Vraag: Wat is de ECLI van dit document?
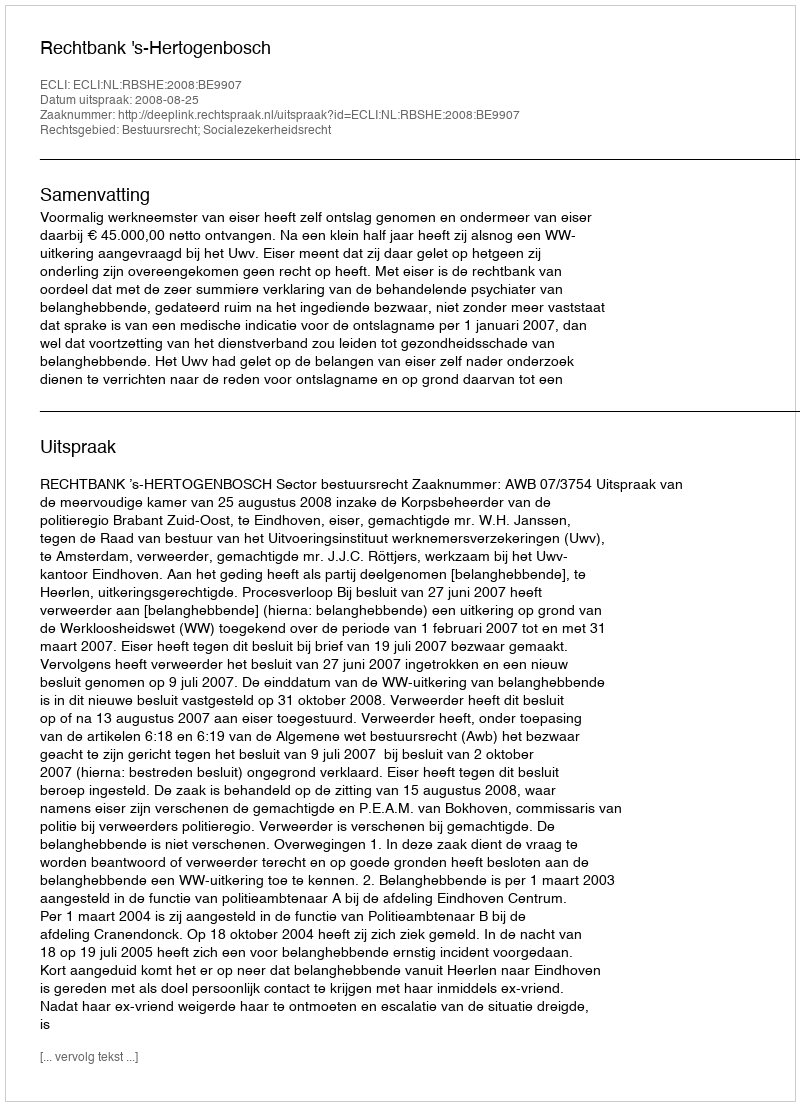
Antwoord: ECLI:NL:RBSHE:2008:BE9907